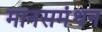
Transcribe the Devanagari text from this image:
मानसमंथन